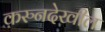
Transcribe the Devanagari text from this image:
करुनदेखील